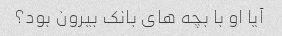
آیا او با بچه های بانک بیرون بود؟